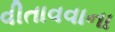
વીતાવવાના